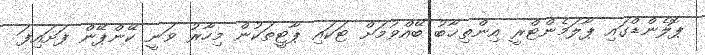
ޕޮލެންޑްގައި ޕާލަމެންޓްރީ އިންތިޚާބު ބޭއްވުމަށް ޓަކައި ޕާޓީތަކުން މިހާރު ވަނީ ކޭންޕޭން ފަށައިފަ